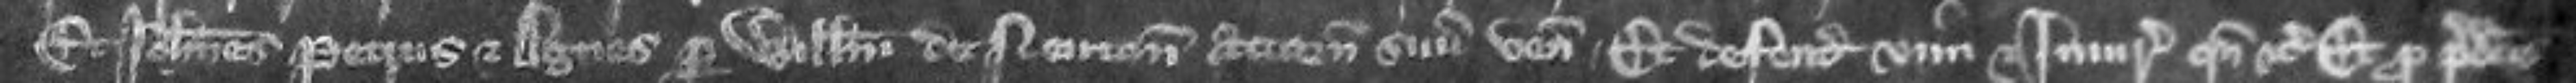
Et Johannes et Petrus et Agnes per Willelmum de Neuton attornatum suum veniunt Et defendunt vim et injuriam quando etc Et pro predictis